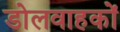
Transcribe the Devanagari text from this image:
डोलवाहकों